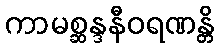
ကာမစ္ဆန္ဒနီဝရဏန္တိ